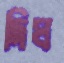
দিঘ